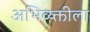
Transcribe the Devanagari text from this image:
अभिव्य्क्तीला